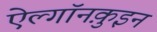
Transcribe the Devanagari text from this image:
ऐल्गॉनक़ुइन